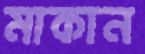
মাকান